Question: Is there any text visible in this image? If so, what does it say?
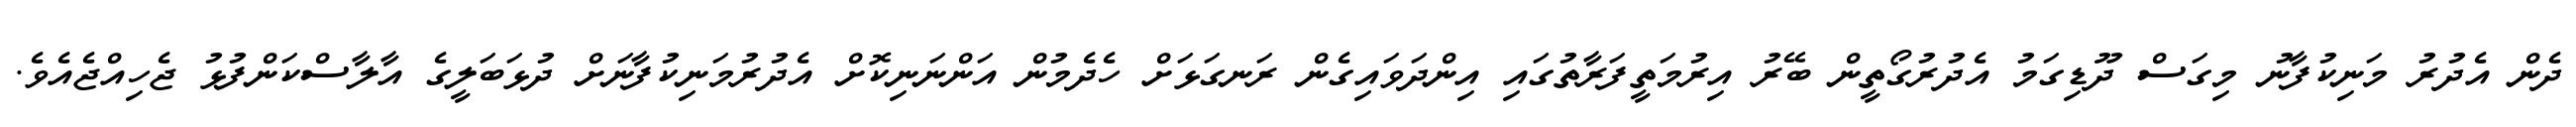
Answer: ދެން އެދުރު މަނިކުފާނު މިގަސް ދޫޑިގަމު އެދުރުގޯތީން ބޭރު އިރުމަތީފަރާތުގައި އިންދަވައިގެން ރަނގަޅަށް ހެދެމުން އަންނަނިކޮށް އެދުރުމަނިކުފާނަށް ދުޅަބަލީގެ އާލާސްކަންފުޅު ޖެހިއްޖެއެވެ.